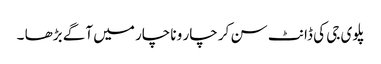
پلوی جی کی ڈانٹ سن کر چار و ناچار میں آگے بڑھا ۔